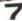
7